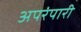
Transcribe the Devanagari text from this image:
अपरंपारी